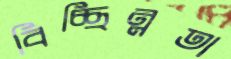
বিচ্ছিন্নতা